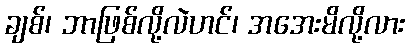
ချစ်၊ ဘာဖြစ်လို့လဲဟင်၊ အအေးမိလို့လား